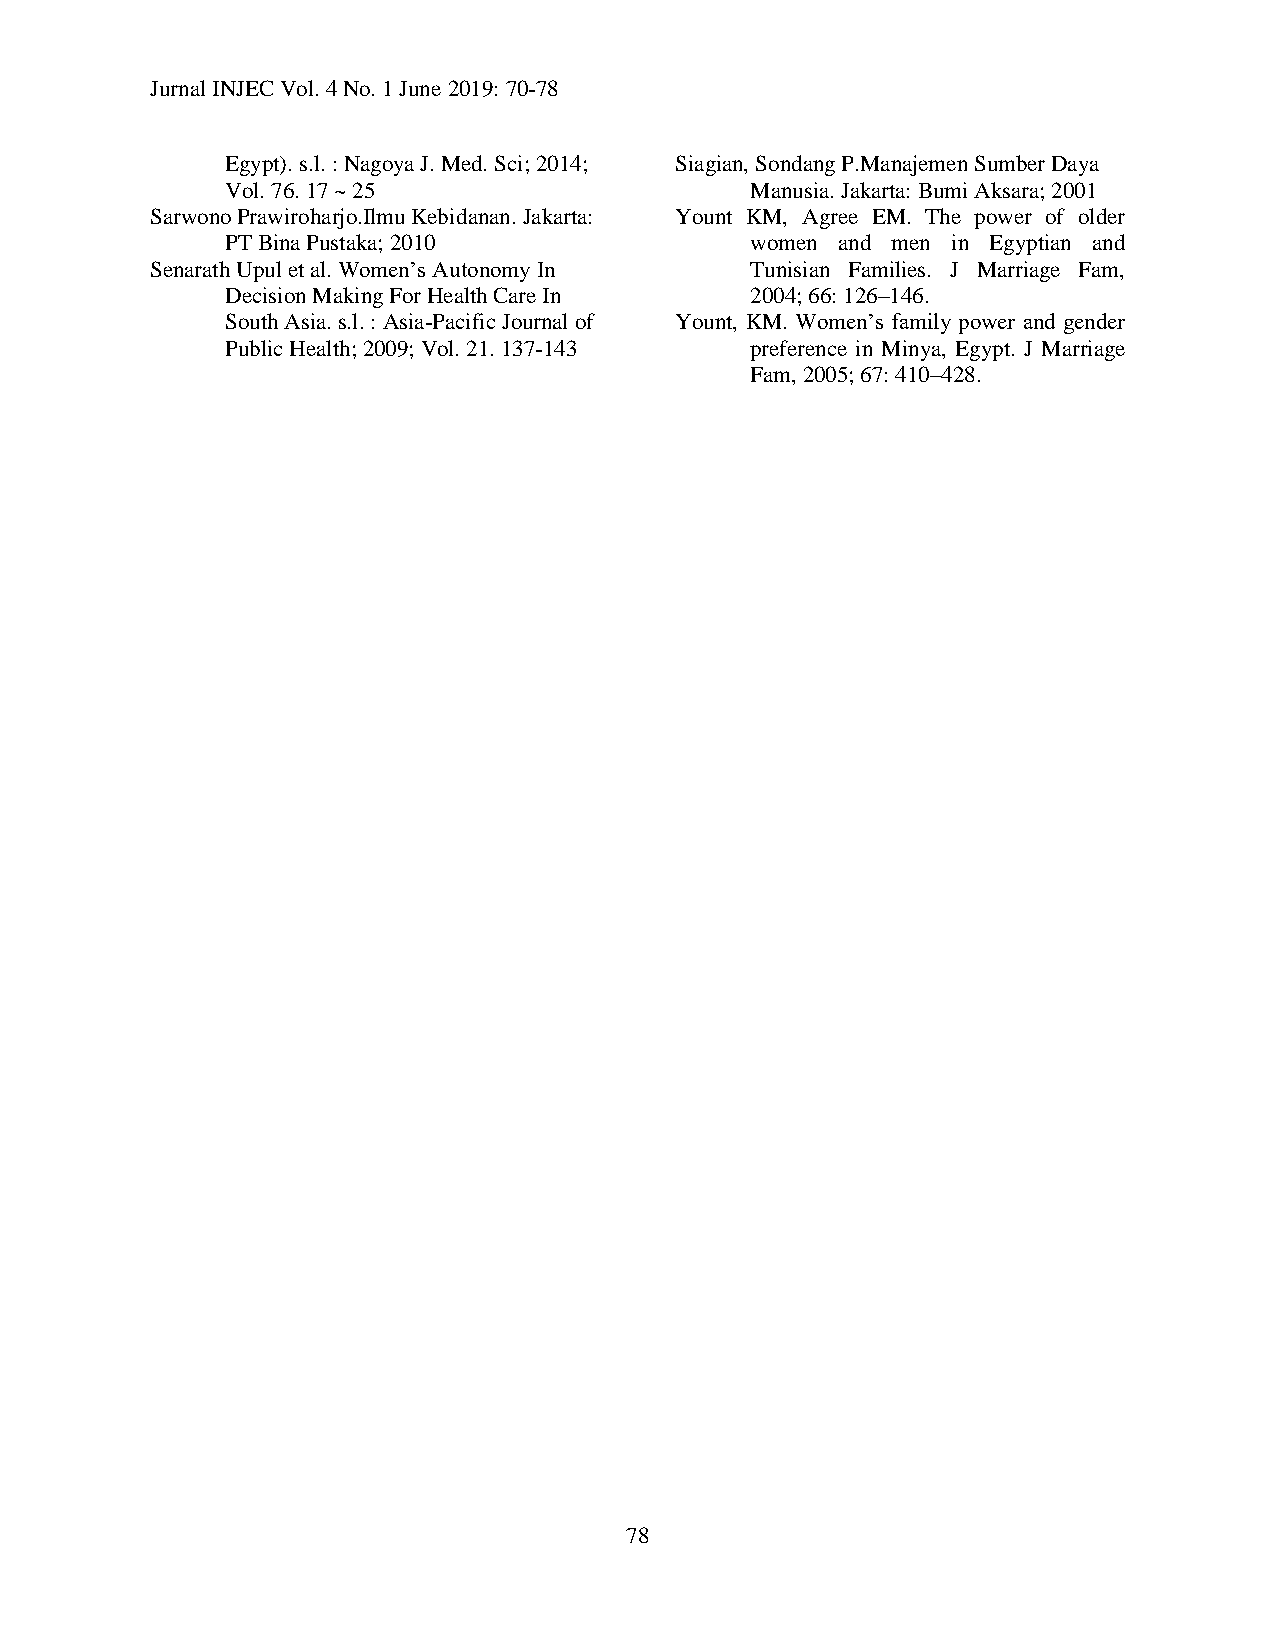
Jurnal INJEC Vol. 4 No. 1 June 2019: 70-78
 Egypt). s.l. : Nagoya J. Med. Sci; 2014; Siagian, Sondang P.Manajemen Sumber Daya
 Vol. 76. 17 ~ 25                   Manusia. Jakarta: Bumi Aksara; 2001
 Sarwono Prawiroharjo.Ilmu Kebidanan. Jakarta: Yount KM, Agree EM. The power of older
 PT Bina Pustaka; 2010              women and men in Egyptian and
 Senarath Upul et al. Women’s Autonomy In Tunisian Families. J Marriage Fam,
 Decision Making For Health Care In 2004; 66: 126–146.
 South Asia. s.l. : Asia-Pacific Journal of Yount, KM. Women’s family power and gender
 Public Health; 2009; Vol. 21. 137-143 preference in Minya, Egypt. J Marriage
 Fam, 2005; 67: 410–428.
 78